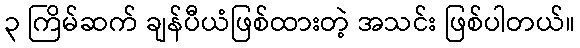
၃ ကြိမ်ဆက် ချန်ပီယံဖြစ်ထားတဲ့ အသင်း ဖြစ်ပါတယ်။